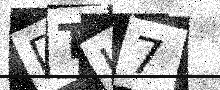
Text: DTI7